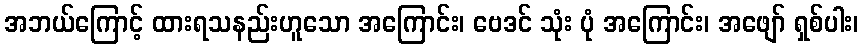
အဘယ်ကြောင့် ထားရသနည်းဟူသော အကြောင်း၊ ဗေဒင် သုံး ပုံ အကြောင်း၊ အဖျော် ရှစ်ပါး၊